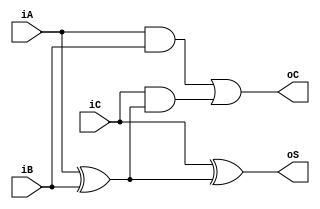
module FA (
    input iA,
    input iB,
    input iC,
    output oS,
    output oC
);
    wire aAndb,aXorb,cAndxor;
    and and1(aAndb,iA,iB);
    xor xor1(aXorb,iA,iB);
    and and2(cAndxor,iC,aXorb);
    or or1(oC,aAndb,cAndxor);
    xor xor2(oS,iC,aXorb);
endmodule